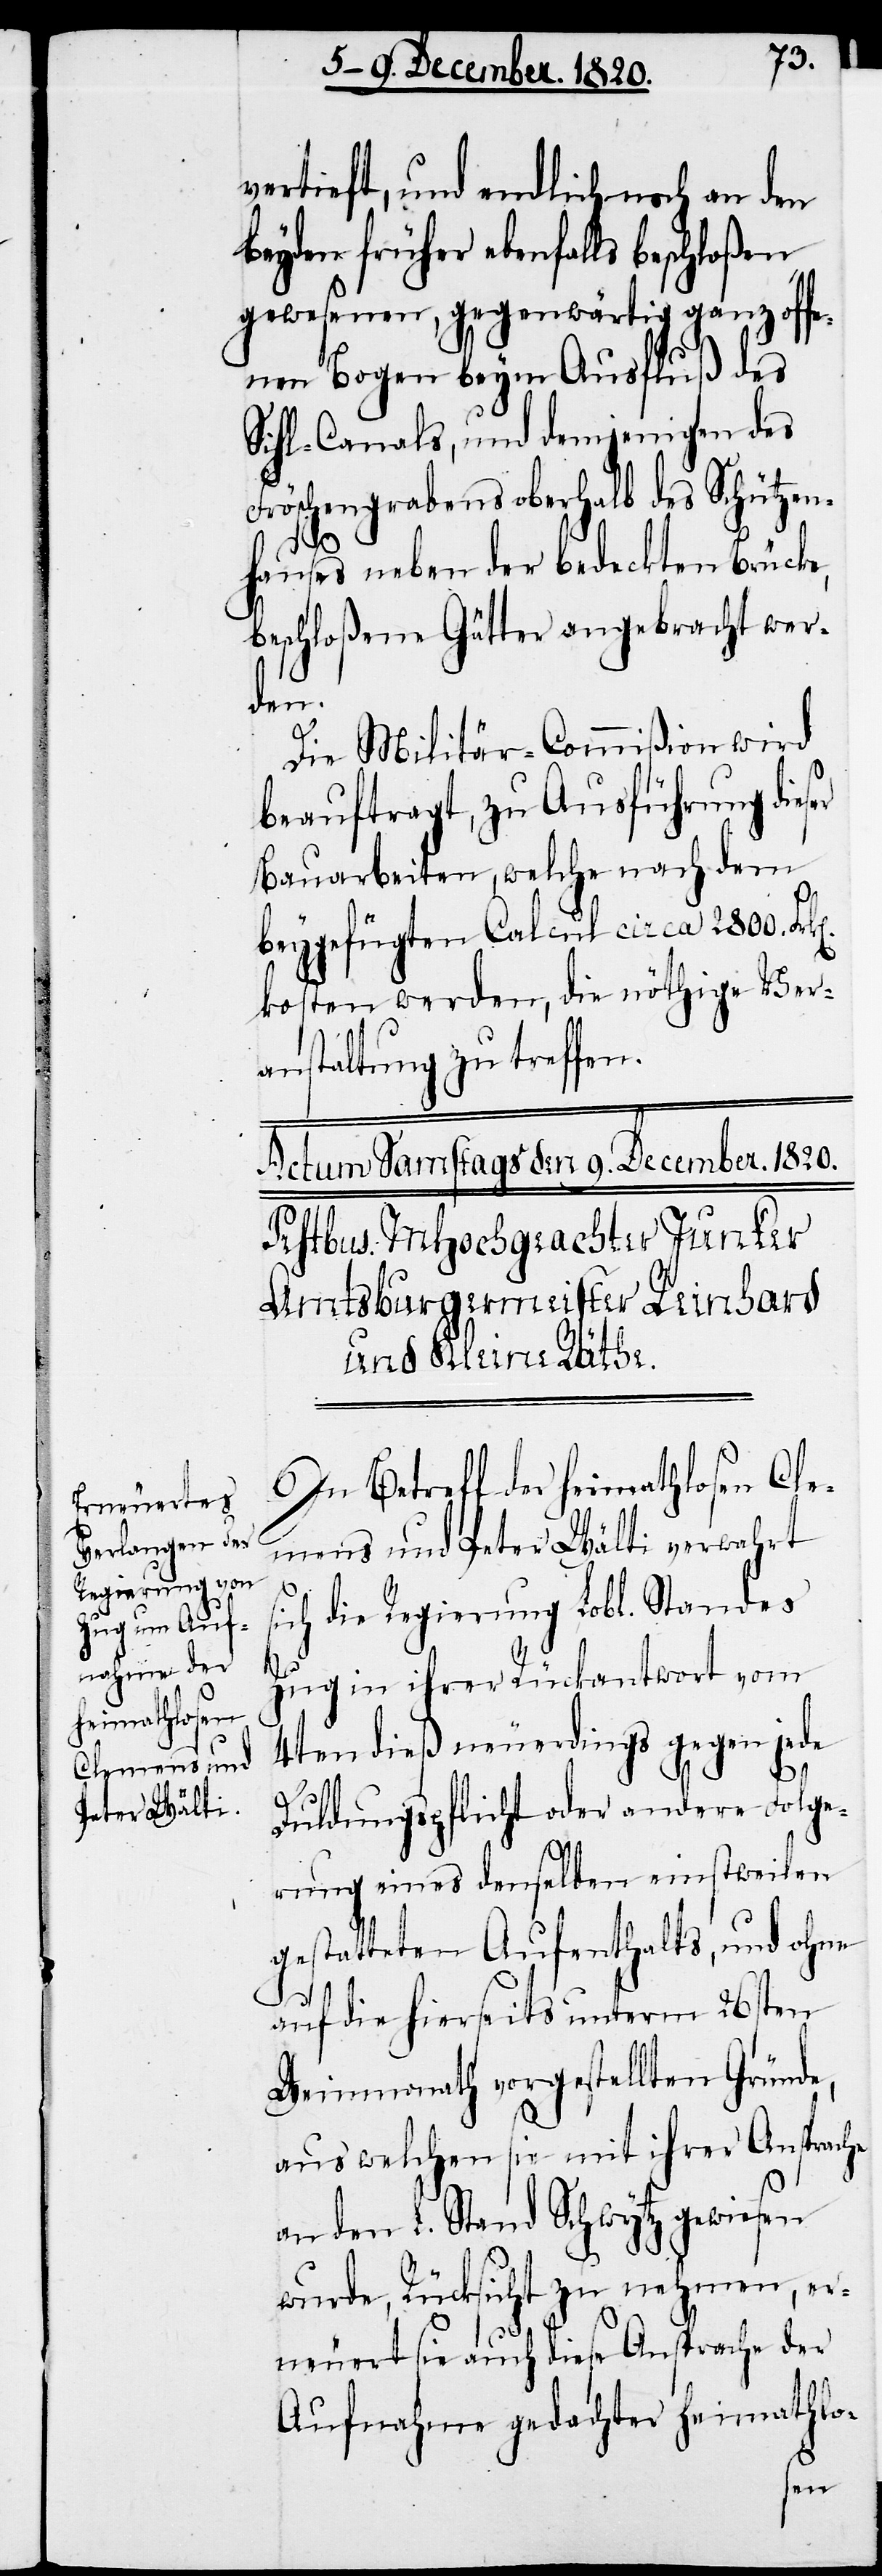
vertieft, und endlich noch an den
beyden früher ebenfalls beschloßen
gewesenen, gegenwärtig ganz offe¬
nen Bogen beym Ausfluß des
Sihl-Canals, und demjenigen des
Fröschengrabens oberhalb des Schützen¬
hauses neben der bedeckten Brücke,
beschloßene Gätter angebracht wer¬
den.
Die Militär-Commißion wird
beauftragt, zu Ausführung die¬
Bauarbeiten, welche nach dem
beygefügten Calcul circa 2800.
kosten werden, die nöthige Ver¬
anstaltung zu treffen.
In Betreff der heimathlosen Cle¬
mens und Peter Wälti verwahrt
sich die Regierung Lobl. Standes
Zug in ihrer Rückantwort vom
4ten dieß neuerdings gegen jede
Duldungspflicht oder andere Folge¬
rung eines denselben einstweilen
gestatteten Aufenthalts, und ohne
auf die hierseits unterm 26sten
Weimonath vorgestellten Gründe,
aus welchen sie mit ihrer Ansprache
an den L. Stand Schwytz gewiesen
wurde, Rücksicht zu nehmen, er¬
neuert sie auch diese Ansprache der
Aufnahme gedachter heimathlo-
ser